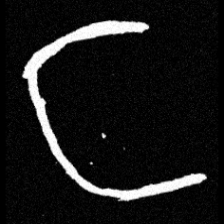
Pyu character \u2014 Myanmar letter: င (romanized: nga)